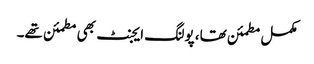
مکمل مطمئن تھا، پولنگ ایجنٹ بھی مطمئن تھے۔